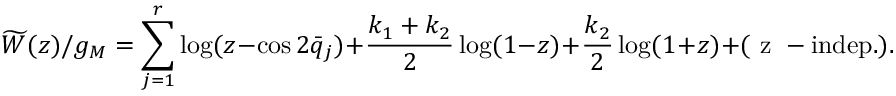
\widetilde { W } ( z ) / g _ { M } = \sum _ { j = 1 } ^ { r } \log ( z - \cos 2 \bar { q } _ { j } ) + \frac { k _ { 1 } + k _ { 2 } } { 2 } \log ( 1 - z ) + \frac { k _ { 2 } } { 2 } \log ( 1 + z ) + ( \mathrm { ~ z ~ - i n d e p . } ) .